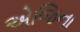
એજિના